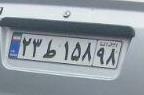
۲۳ط۱۵۸۹۸